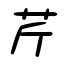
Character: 芹